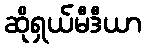
ဆိုရှယ်မီဒီယာ